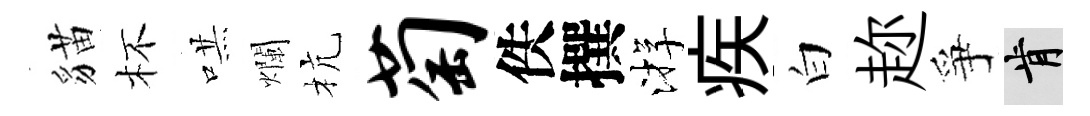
貓杯哄爛杭萄佚撰㳺疾白趂爭肯